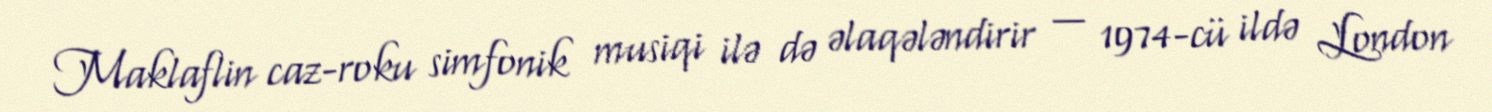
Maklaflin caz-roku simfonik musiqi ilə də əlaqələndirir — 1974-cü ildə London